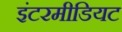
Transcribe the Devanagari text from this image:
इंटरमीडियट